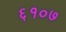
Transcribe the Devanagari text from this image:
६१०७